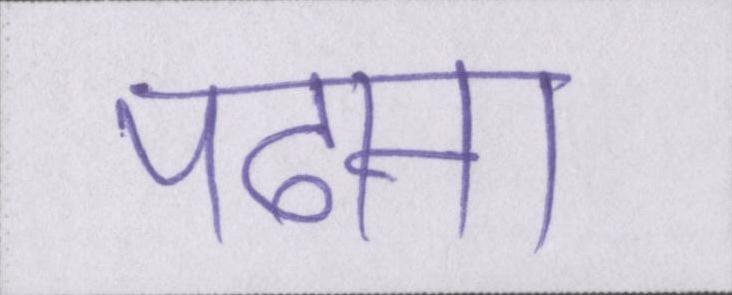
पढाना